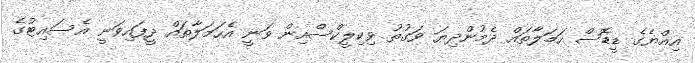
އިއްޔެގެ ޑީޑޮސް ހަމަލާތައް ދެމުންދިޔަ ވަގުތު ވިކިލީކްސްއިން ވަނީ އެހަމަލާތައް ދީފައިވަނީ އެސައިޓުގެ